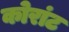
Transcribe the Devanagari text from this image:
कोरांट